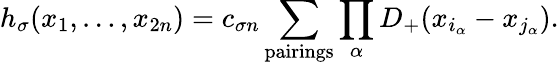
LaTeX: h_{\sigma}(x_{1},\ldots,x_{2n})=c_{\sigma n}\sum_{\mathrm{pairings}}\prod_{\alpha}D_{+}(x_{i_{\alpha}}-x_{j_{\alpha}}).